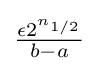
{\tfrac {\epsilon 2^{n_{1/2}}}{b-a}}